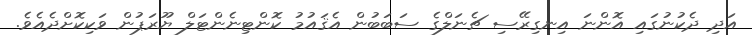
އަދި ދެކުނުގައި އޮންނަ އިނގިރޭސި ޗެނަލްގެ ސަބަބުން އެޤައުމު ކޮންޓިނެންޓަލް ޔޫރަޕުން ވަކިކޮށްދެއެވެ.